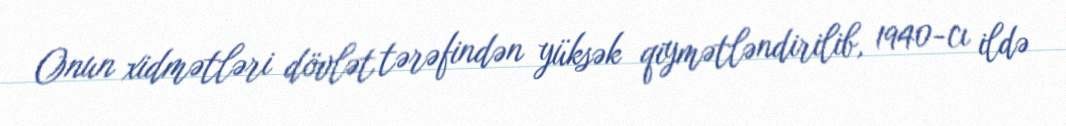
Onun xidmətləri dövlət tərəfindən yüksək qiymətləndirilib, 1940-cı ildə